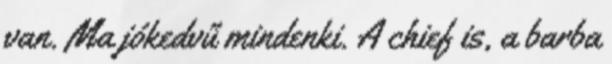
van. Ma jókedvű mindenki. A chief is, a barba